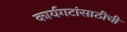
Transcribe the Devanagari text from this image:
कार्यगटांसाठीची